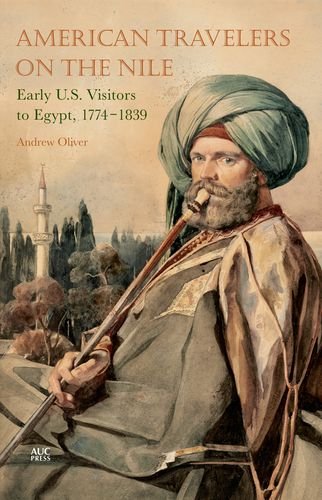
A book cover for American Travelers on the Nile: Early US Visitors to Egypt, 1774-1839; Andrew Oliver; Travel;